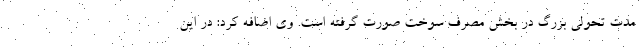
مدت تحولی بزرگ در بخش مصرف سوخت صورت گرفته است. وی اضافه کرد: در این